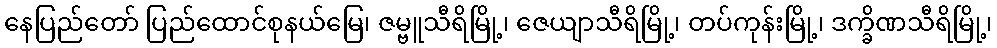
နေပြည်တော် ပြည်ထောင်စုနယ်မြေ၊ ဇမ္ဗူသီရိမြို့၊ ဇေယျာသီရိမြို့၊ တပ်ကုန်းမြို့၊ ဒက္ခိဏသီရိမြို့၊